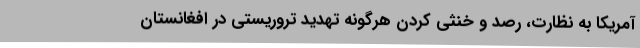
آمریکا به نظارت، رصد و خنثی کردن هرگونه تهدید تروریستی در افغانستان